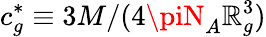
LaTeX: c_{g}^{*}\equiv3M/(4\piN_{A}\mathbb{R}_{g}^{3})